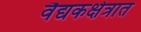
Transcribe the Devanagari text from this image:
वैद्यकक्षेत्रात